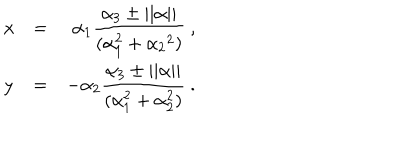
\begin{array} { l c r } { { x } } & { { = } } & { { \alpha _ { 1 } \displaystyle \frac { \alpha _ { 3 } \pm | | \alpha | | } { ( \alpha _ { 1 } ^ { 2 } + \alpha _ { 2 } { } ^ { 2 } ) } \ , } } \\ { { y } } & { { = } } & { { \displaystyle - \alpha _ { 2 } \frac { \alpha _ { 3 } \pm | | \alpha | | } { ( \alpha _ { 1 } ^ { 2 } + \alpha _ { 2 } ^ { 2 } ) } \ . } } \\ \end{array}